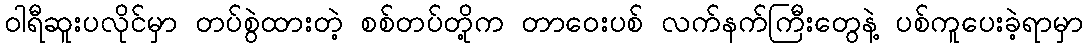
ဝါရီဆူးပလိုင်မှာ တပ်စွဲထားတဲ့ စစ်တပ်တို့က တာဝေးပစ် လက်နက်ကြီးတွေနဲ့ ပစ်ကူပေးခဲ့ရာမှာ